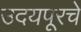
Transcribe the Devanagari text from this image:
उदयपूरचे